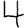
Digit: 4